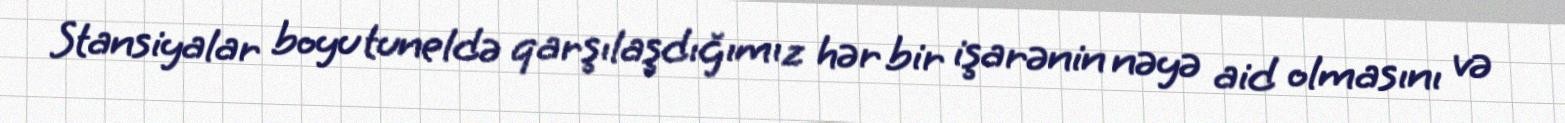
Stansiyalar boyu tuneldə qarşılaşdığımız hər bir işarənin nəyə aid olmasını və